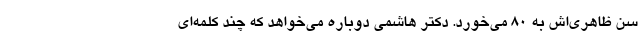
سن ظاهری‌اش به 80 می‌خورد. دکتر هاشمی دوباره می‌خواهد که چند کلمه‌ای